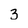
Character: 3